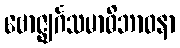
ဗောဇ္ဈင်္ဂသမာဓိဘာဝနာ